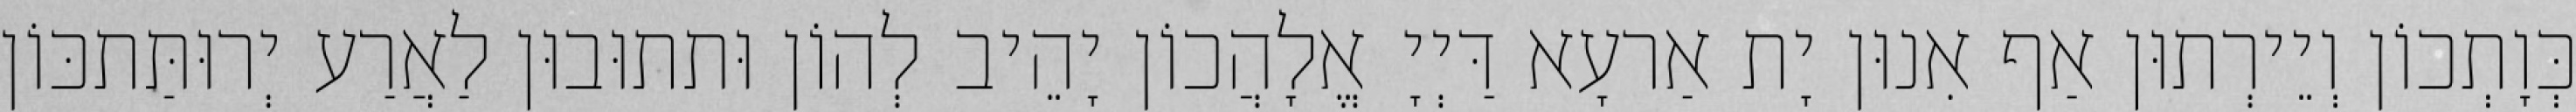
כְּוָתְכוֹן וְיֵירְתוּן אַף אִנוּן יָת אַרעָא דַּיְיָ אֱלָהֲכוֹן יָהֵיב לְהוֹן וּתתוּבוּן לַאֲרַע יְרוּתַּתכּוֹן